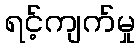
ရင့်ကျက်မှု